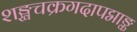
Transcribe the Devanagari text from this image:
शङ्खचक्रगदापद्माङ्क